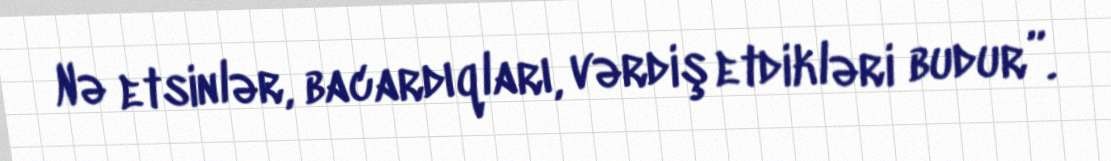
Nə etsinlər, bacardıqları, vərdiş etdikləri budur”.